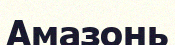
Амазонь